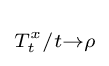
\scriptstyle T_{t}^{x}/t\rightarrow \rho